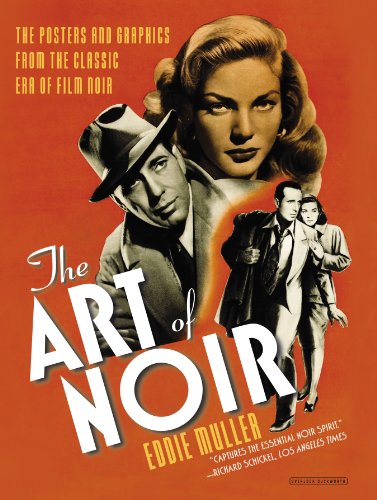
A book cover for The Art of Noir: The Posters and Graphics from the Classic Era of Film Noir; Eddie Muller; Humor & Entertainment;